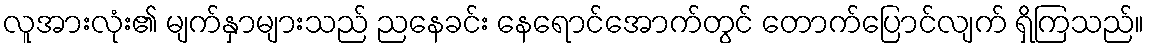
လူအားလုံး၏ မျက်နှာများသည် ညနေခင်း နေရောင်အောက်တွင် တောက်ပြောင်လျက် ရှိကြသည်။